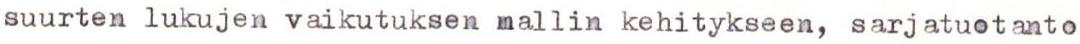
suurten lukujen vaikutuksen mallin kehitykseen, sarjatuotanto